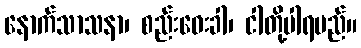
နောက်သာသနာ၊ စည်းဝေးခါ၊ ငါတို့ပါရမည်။